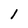
Character: 1